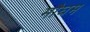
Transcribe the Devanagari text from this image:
मौघम